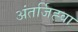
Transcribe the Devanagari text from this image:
अंतर्जिह्वा